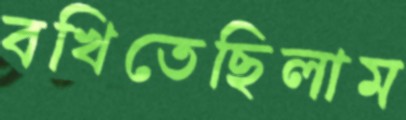
বখিতেছিলাম